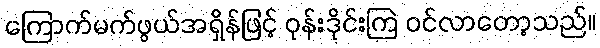
ကြောက်မက်ဖွယ်အရှိန်ဖြင့် ဝုန်းဒိုင်းကြဲ ဝင်လာတော့သည်။